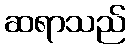
ဆရာသည်